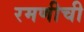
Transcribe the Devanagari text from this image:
रमणीची